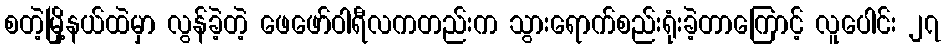
စတဲ့မြို့နယ်ထဲမှာ လွန်ခဲ့တဲ့ ဖေဖော်ဝါရီလကတည်းက သွားရောက်စည်းရုံးခဲ့တာကြောင့် လူပေါင်း ၂၇